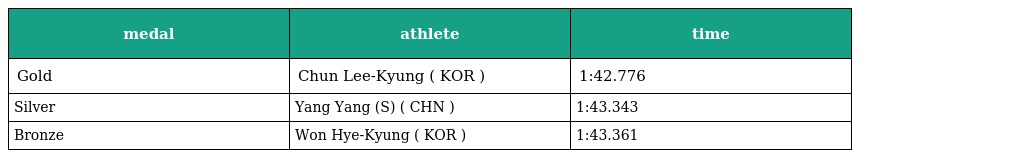
| medal | athlete | time |
 | --- | --- | --- |
 | Gold | Chun Lee-Kyung ( KOR ) | 1:42.776 |
 | Silver | Yang Yang (S) ( CHN ) | 1:43.343 |
 | Bronze | Won Hye-Kyung ( KOR ) | 1:43.361 |